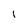
Character: 1